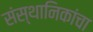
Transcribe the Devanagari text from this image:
संस्थानिकांचा